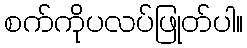
စက်ကိုပလပ်ဖြုတ်ပါ။